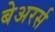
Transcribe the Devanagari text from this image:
बेअरर्स